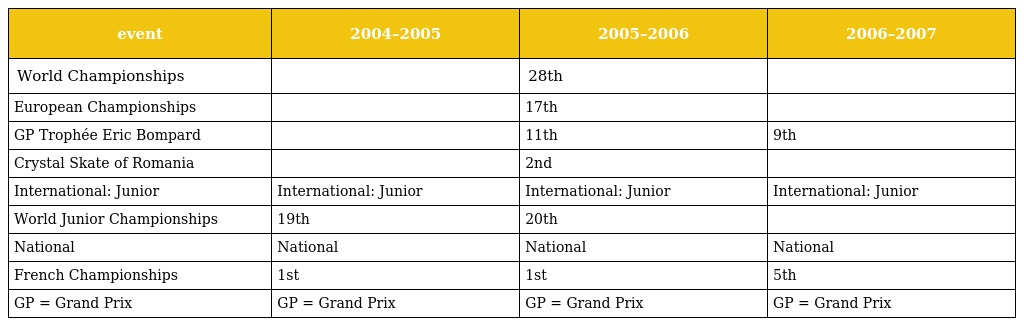
| event | 2004–2005 | 2005–2006 | 2006–2007 |
 | --- | --- | --- | --- |
 | World Championships |  | 28th |  |
 | European Championships |  | 17th |  |
 | GP Trophée Eric Bompard |  | 11th | 9th |
 | Crystal Skate of Romania |  | 2nd |  |
 | International: Junior | International: Junior | International: Junior | International: Junior |
 | World Junior Championships | 19th | 20th |  |
 | National | National | National | National |
 | French Championships | 1st | 1st | 5th |
 | GP = Grand Prix | GP = Grand Prix | GP = Grand Prix | GP = Grand Prix |